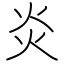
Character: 炎